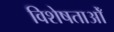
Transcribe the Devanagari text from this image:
विशेषताओँ